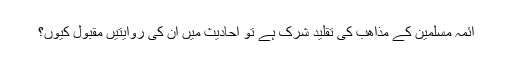
ائمہ مسلمین کے مذاھب کی تقلید شرک ہے تو احادیث میں ان کی روایتیں مقبول کیوں؟